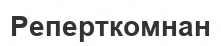
Реперткомнан